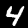
Digit: 4